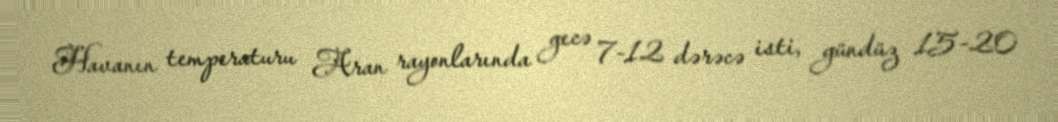
Havanın temperaturu Aran rayonlarında gecə 7-12 dərəcə isti, gündüz 15-20